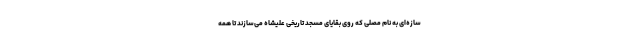
سازه‌ای به نام مصلی که روی بقایای مسجد تاریخی علیشاه می‌سازند تا همه